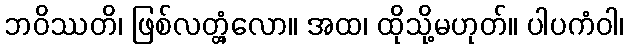
ဘဝိဿတိ၊ ဖြစ်လတ္တံ့လော။ အထ၊ ထိုသို့မဟုတ်။ ပါပကံဝါ၊